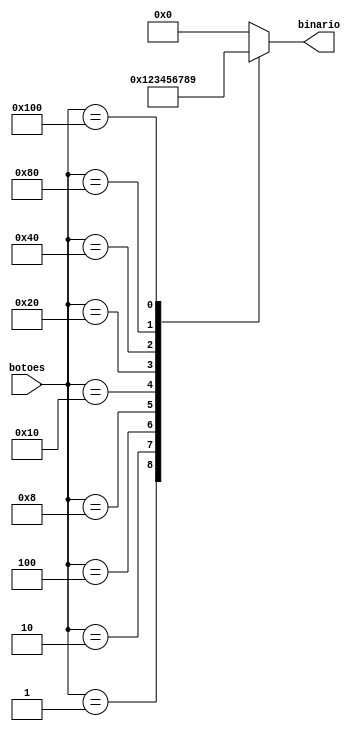
// Esse mdulo converte a entrada dos
// botes para o binrio correspondente, de 1 a 9
module conversor (
    input      [8:0] botoes,
    output reg [3:0] binario
);

    always @(botoes)
    case (botoes)
        9'b000000001:    binario = 4'b0001;
        9'b000000010:    binario = 4'b0010;
        9'b000000100:    binario = 4'b0011;
        9'b000001000:    binario = 4'b0100;
        9'b000010000:    binario = 4'b0101;
        9'b000100000:    binario = 4'b0110;
        9'b001000000:    binario = 4'b0111;
        9'b010000000:    binario = 4'b1000;
        9'b100000000:    binario = 4'b1001;
     
        default: binario = 4'b0000;
    endcase

endmodule